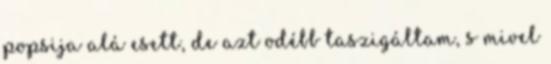
popsija alá esett, de azt odébb taszigáltam, s mivel